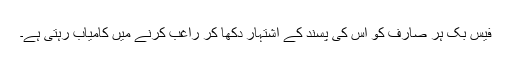
فیس بک ہر صارف کو اس کی پسند کے اشتہار دکھا کر راغب کرنے میں کامیاب رہتی ہے۔